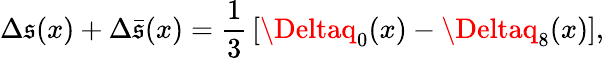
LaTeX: \Delta\mathfrak{s}(x)+\Delta\bar{{\mathfrak{s}}}(x)=\frac{{1}}{{3}}\, [\Deltaq_{0}(x)-\Deltaq_{8}(x)],